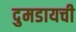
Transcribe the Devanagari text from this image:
दुमडायची